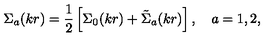
{ \Sigma } _ { a } ( k r ) = \frac 1 2 \left[ { \Sigma } _ { 0 } ( k r ) + { \tilde { \Sigma } } _ { a } ( k r ) \right] , \quad a = 1 , 2 ,